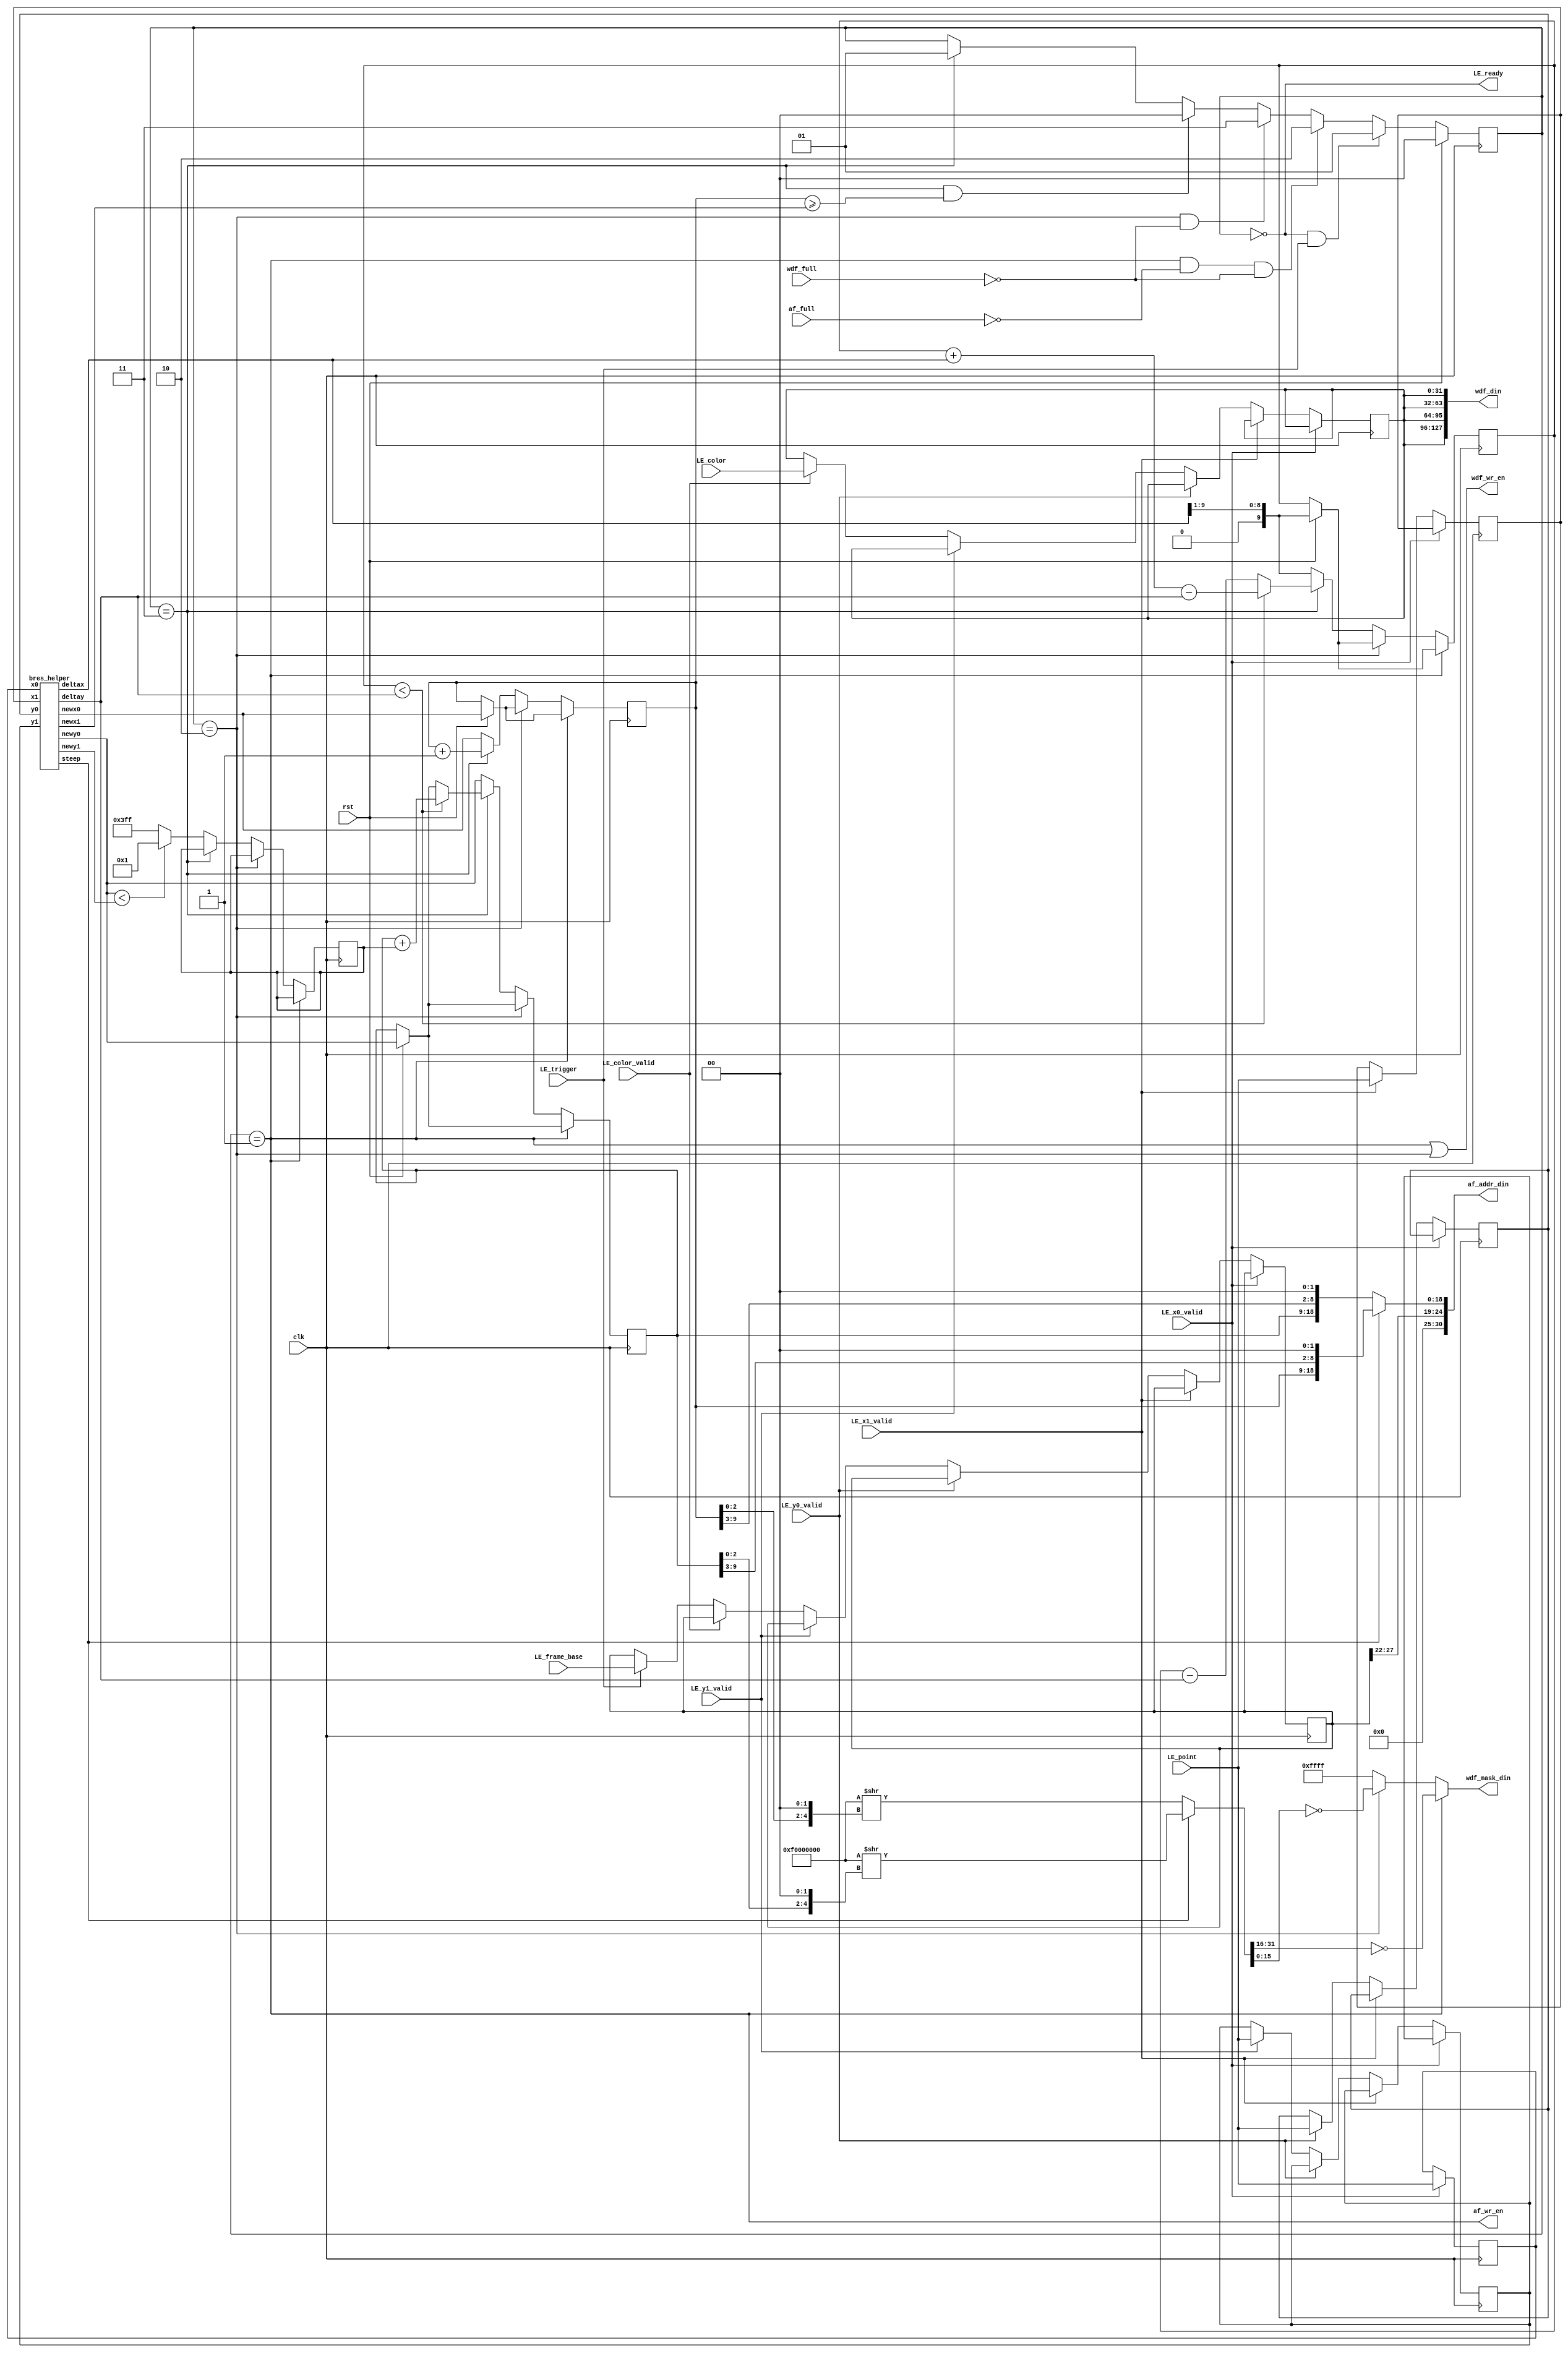

module LineEngine(
  input                 clk,
  input                 rst,
  output                LE_ready,
  // 8-bit each for RGB, and 8 bits zeros at the top
  input [31:0]          LE_color,
  input [9:0]           LE_point,
  // Valid signals for the inputs
  input                 LE_color_valid,
  input                 LE_x0_valid,
  input                 LE_y0_valid,
  input                 LE_x1_valid,
  input                 LE_y1_valid,
  // Trigger signal - line engine should
  // Start drawing the line
  input                 LE_trigger,
  // FIFO connections
  input                 af_full,
  input                 wdf_full,
  
  output [30:0]         af_addr_din,
  output                af_wr_en,
  output [127:0]        wdf_din,
  output [15:0]         wdf_mask_din,
  output                wdf_wr_en,

  input [31:0] 			LE_frame_base
);

	localparam IDLE = 2'b00;
	localparam SEND1 = 2'b01;
	localparam SEND2 = 2'b10;  
	localparam UPDATE = 2'b11;  

	reg [1:0] State, nextState;

    	// Implement Bresenham's line drawing algorithm here!
	reg [9:0] x, y;
	reg [31:0] color;
	reg [31:0] frame_reg;
	
	//reg[9:0] x0,x1,y0,y1,newx0, newx1, newy0, newy1, deltax, deltay, error, ystep;
	reg[9:0] x0, x1, y0, y1, error, ystep;
	wire[9:0] newx0, newx1, newy0, newy1, deltax, deltay;
	//wire[9:0] newx0, newx1, newy0, newy1, deltax ;
	wire steep;


	wire [9:0] error_init;

	bres_helper helper (
		.x0(x0),
		.y0(y0),
		.x1(x1),
		.y1(y1),
		.newx0(newx0),
		.newy0(newy0),
		.newx1(newx1),
		.newy1(newy1),
		.steep(steep),
		.deltax(deltax),	
		.deltay(deltay)	
	);

	always @ (posedge clk) begin
		if (LE_x0_valid) x0 <= LE_point;
		else if (LE_x1_valid) x1 <= LE_point;
		else if (LE_y0_valid) y0 <= LE_point;
		else if (LE_y1_valid) y1 <= LE_point;
		else if (LE_color_valid) color <= LE_color;
		else if (LE_trigger) frame_reg <= LE_frame_base;
	end
	
	always@(*) begin
		if ((State == IDLE) && LE_trigger) nextState = SEND1; //add LE_trigger here later
		else if ((State == SEND1) && ~af_full && ~wdf_full) nextState = SEND2;
		else if ((State == SEND2) && ~wdf_full) nextState = UPDATE;
		else if ((State == UPDATE) && (x >= newx1)) nextState = IDLE;
		else if (State == UPDATE) nextState = SEND1;
		else nextState = State;
	end

	assign wdf_din = {color,color,color,color};
	assign error_init = (deltax >> 1);
	

	always@(posedge clk) begin
		if (rst) begin 
			State <= IDLE;		
			error <= error_init;
			x <= newx0;
			y <= newy0;
			
			//TEMP=remove later
		//	x0 <= 10'd0;
		//	y0 <= 10'd0;
		//	y1 <= 10'd200;
		//	x1 <= 10'd300;
		end	
		else 
			State <= nextState;
			if (State == SEND1) begin	

			end else if (State == SEND2) begin

			end
			else if (State == UPDATE) begin
				if (error < deltay) begin
					y <= y + ystep;
					error <= error + deltax - deltay;
				end else begin
					error <= error - deltay;
				end

				x <= x + 1;
			end else begin //IDLE
				error <= error_init;
				x <= newx0;
				y <= newy0;
				ystep <= (newy0 < newy1)? 10'b1: 10'b1111111111;
			end
	end
	
//	wire [31:0] frame;
	//assign frame = 32'h10400000;
	assign af_addr_din = (steep) ? {6'b0,frame_reg[27:22],x,y[9:3],2'b0} : {6'b0, frame_reg[27:22],y,x[9:3],2'b0};
	
	
	wire [31:0] mask;
	assign mask = (steep) ?  (32'hf0000000 >> {y[2:0], 2'b00}) : (32'hf0000000 >> {x[2:0], 2'b00});
	assign wdf_mask_din = (State == SEND1) ? ~mask[31:16] : ((State == SEND2) ? ~mask[15:0] : 16'hffff);	
	assign af_wr_en = (State == SEND1);
	assign wdf_wr_en = ((State == SEND1) || (State == SEND2));

    assign LE_ready = (State == IDLE);

endmodule

module bres_helper(
	input [9:0]  	x0,
	input [9:0] 	x1,
	input [9:0] 	y0,
	input [9:0] 	y1,
	output [9:0] newx0,
	output [9:0] newx1,
	output [9:0] newy0,
	output [9:0] newy1,
	output 		 steep,
	output [9:0] deltax,
	output [9:0] deltay
);

	assign steep = ((y1>y0) ? (y1 - y0) : (y0 - y1)) > ((x1>x0)?(x1-x0):(x0-x1));
	
	assign newx0 = steep ? ((y0 > y1) ? y1 : y0) : ((x0 > x1) ? x1 : x0);	
	assign newx1 = steep ? ((y0 > y1) ? y0 : y1) : ((x0 > x1) ? x0 : x1);	
	assign newy0 = steep ? ((y0 > y1) ? x1 : x0) : ((x0 > x1) ? y1 : y0);	
	assign newy1 = steep ? ((y0 > y1) ? x0 : x1) : ((x0 > x1) ? y0 : y1);	

	assign deltax = newx1 - newx0; 
	assign deltay = (newy1>newy0) ? (newy1-newy0) : (newy0-newy1);
	
endmodule